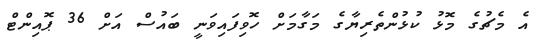
އެ މެޗުގެ މޮޅު ކުޅުންތެރިޔާގެ މަގާމަށް ހޮވިފައިވަނީ ބައުސް އަށް 36 ޕޮއިންޓް